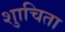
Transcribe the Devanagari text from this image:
शुाचिता